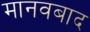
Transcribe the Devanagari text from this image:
मानवबाद